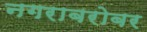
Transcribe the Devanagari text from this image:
नगराबरोबर